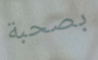
بصحبة